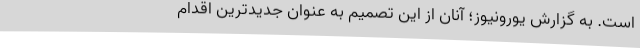
است. به گزارش یورونیوز؛ آنان از این تصمیم به عنوان جدیدترین اقدام